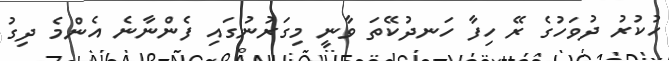
ހުކުރު ދުވަހުގެ ރޭ ހިފާ ހަނދުކޭތަ ވާނީ މިގަރުނުގައި ފެންނާނެ އެންމެ ދިގު